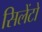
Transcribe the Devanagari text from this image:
सिलेंटो